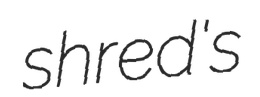
shred's